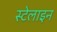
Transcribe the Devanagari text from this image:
स्टेलाइन